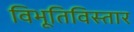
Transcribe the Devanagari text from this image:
विभूतिविस्तार